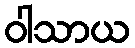
ဝါသာယ